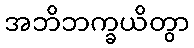
အဘိဘက္ခယိတွာ